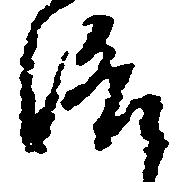
洛